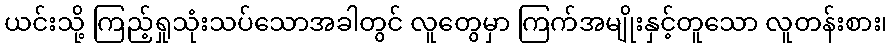
ယင်းသို့ ကြည့်ရှုသုံးသပ်သောအခါတွင် လူတွေမှာ ကြက်အမျိုးနှင့်တူသော လူတန်းစား၊